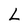
Character: L